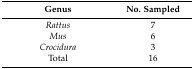
<table><thead><tr><td><b>Genus</b></td><td><b>No. Sampled</b></td></tr></thead><tbody><tr><td><i>Rattus</i></td><td>7</td></tr><tr><td><i>Mus</i></td><td>6</td></tr><tr><td><i>Crocidura</i></td><td>3</td></tr><tr><td>Total</td><td>16</td></tr></tbody></table>